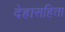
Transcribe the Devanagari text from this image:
देहासहिता